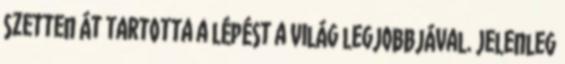
szetten át tartotta a lépést a világ legjobbjával. Jelenleg